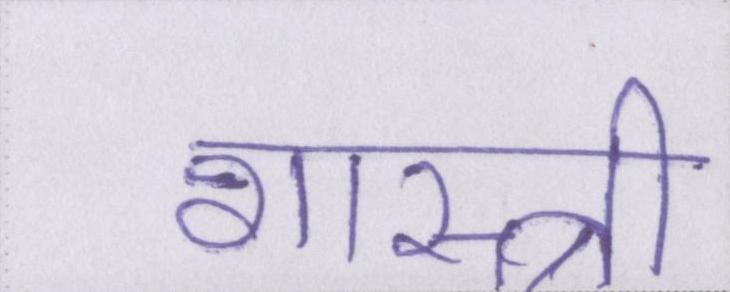
शास्त्री